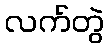
လက်တွဲ